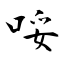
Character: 哸